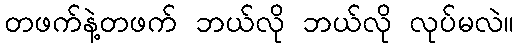
တဖက်နဲ့တဖက် ဘယ်လို ဘယ်လို လုပ်မလဲ။